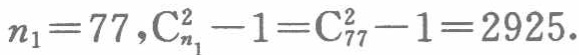
\(n_1 = 77,\mathrm{C}_{n_1}^{2}-1=\mathrm{C}_{77}^{2}-1 = 2925\)